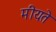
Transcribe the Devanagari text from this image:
मीयते